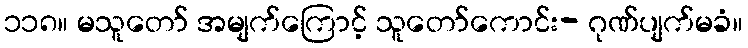
၁၁၈။ မသူတော် အမျက်ကြောင့် သူတော်ကောင်း- ဂုဏ်ပျက်မခံ။